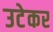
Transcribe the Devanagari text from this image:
उटेकर